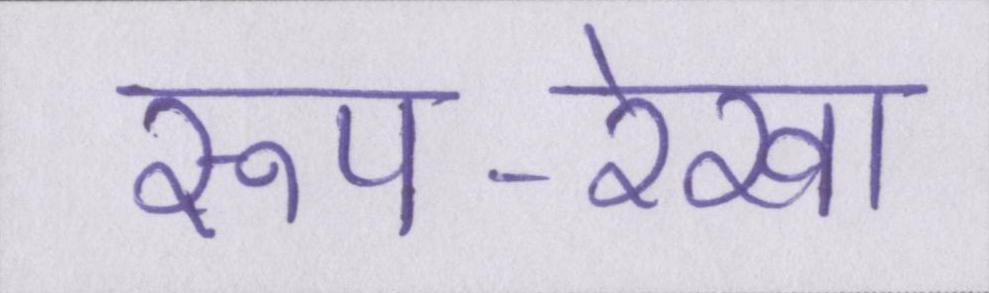
रूप-रेखा